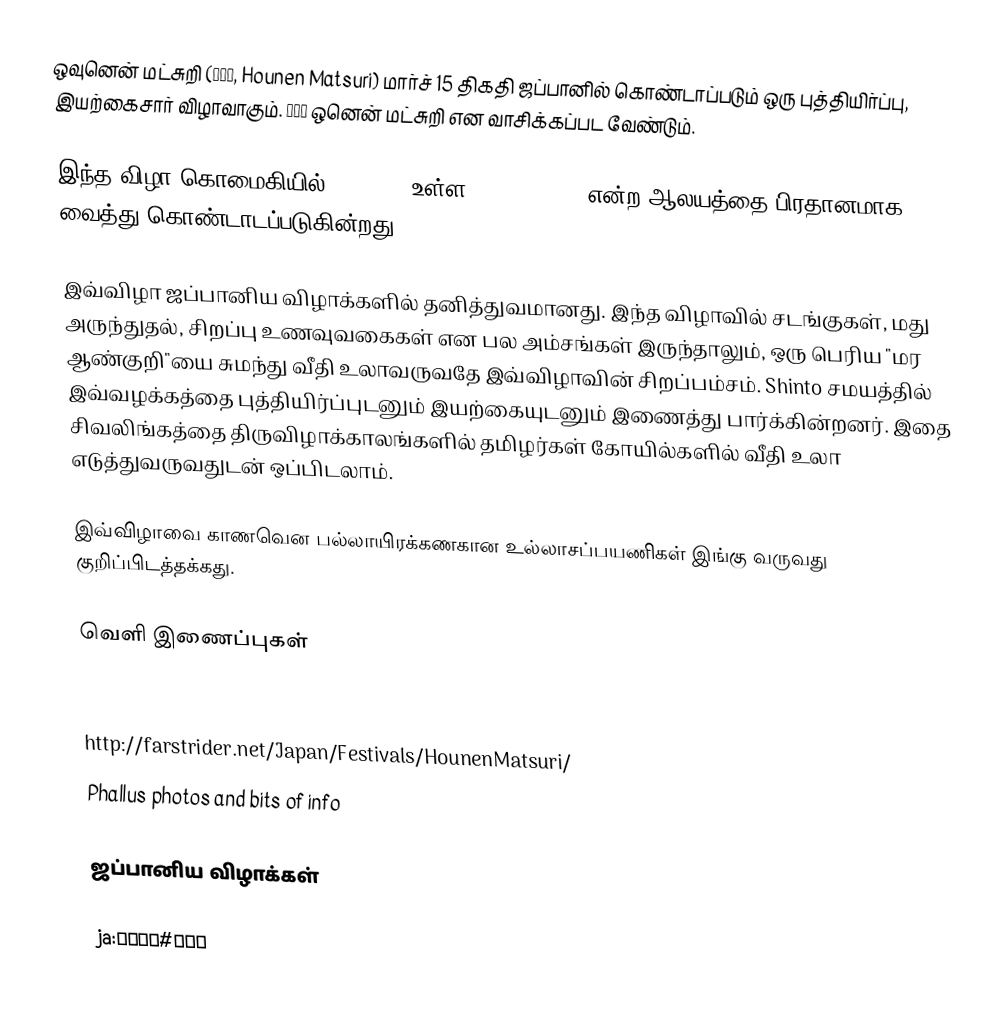
ஒவுனென் மட்சுறி (豊年祭, Hounen Matsuri) மார்ச் 15 திகதி ஜப்பானில் கொண்டாப்படும் ஒரு புத்தியிர்ப்பு, இயற்கைசார் விழாவாகும்.  豊年祭 ஒனென் மட்சுறி என வாசிக்கப்பட வேண்டும்.

இந்த விழா கொமைகியில் (Komaki) உள்ள Tagata Jinja என்ற ஆலயத்தை பிரதானமாக வைத்து கொண்டாடப்படுகின்றது.

இவ்விழா ஜப்பானிய விழாக்களில் தனித்துவமானது.  இந்த விழாவில் சடங்குகள், மது அருந்துதல், சிறப்பு உணவுவகைகள் என பல அம்சங்கள் இருந்தாலும், ஒரு பெரிய "மர ஆண்குறி"யை சுமந்து வீதி உலாவருவதே இவ்விழாவின் சிறப்பம்சம்.  Shinto சமயத்தில் இவ்வழக்கத்தை புத்தியிர்ப்புடனும் இயற்கையுடனும் இணைத்து பார்க்கின்றனர்.  இதை சிவலிங்கத்தை திருவிழாக்காலங்களில் தமிழர்கள் கோயில்களில் வீதி உலா எடுத்துவருவதுடன் ஒப்பிடலாம்.

இவ்விழாவை காணவென பல்லாயிரக்கணகான உல்லாசப்பயணிகள் இங்கு வருவது குறிப்பிடத்தக்கது.

வெளி இணைப்புகள்

Yamasa Institute Tagata Jinja - Hounen Matsuri site (English)
http://farstrider.net/Japan/Festivals/HounenMatsuri/
Phallus photos and bits of info

ஜப்பானிய விழாக்கள்

ja:田縣神社#豊年祭